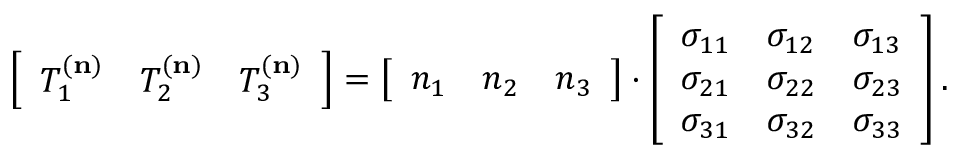
\left[ { \begin{array} { l l l } { T _ { 1 } ^ { ( \mathbf { n } ) } } & { T _ { 2 } ^ { ( \mathbf { n } ) } } & { T _ { 3 } ^ { ( \mathbf { n } ) } } \end{array} } \right] = \left[ { \begin{array} { l l l } { n _ { 1 } } & { n _ { 2 } } & { n _ { 3 } } \end{array} } \right] \cdot \left[ { \begin{array} { l l l } { \sigma _ { 1 1 } } & { \sigma _ { 1 2 } } & { \sigma _ { 1 3 } } \\ { \sigma _ { 2 1 } } & { \sigma _ { 2 2 } } & { \sigma _ { 2 3 } } \\ { \sigma _ { 3 1 } } & { \sigma _ { 3 2 } } & { \sigma _ { 3 3 } } \end{array} } \right] .